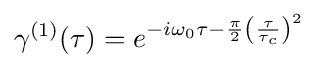
\gamma ^{(1)}(\tau )=e^{-i\omega _{0}\tau -{\frac {\pi }{2}}\left({\frac {\tau }{\tau _{c}}}\right)^{2}}